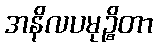
အနိလပမုဉ္စိတာ